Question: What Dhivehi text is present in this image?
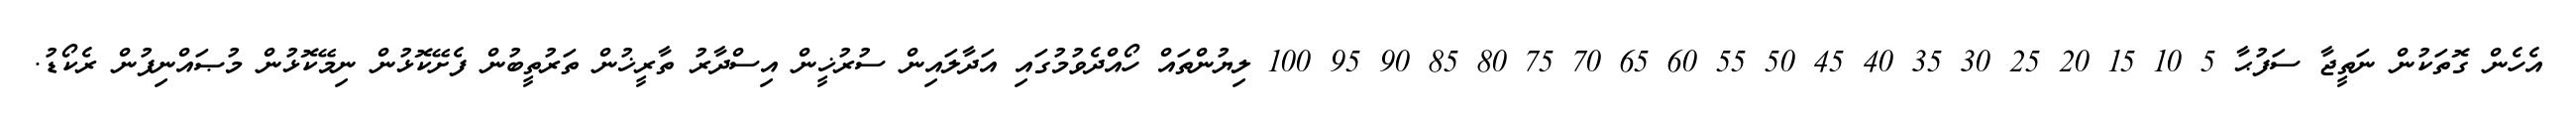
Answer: އެހެން ގޮތަކުން ނަތީޖާ ސަފުޙާ 5 10 15 20 25 30 35 40 45 50 55 60 65 70 75 80 85 90 95 100 ލިޔުންތައް ހޯއްދެވުމުގައި އަދާލައިން ސުރުޚީން އިސްދާރު ތާރީޚުން ތަރުތީބުން ފެށޭކޮޅުން ނިމޭކޮޅުން މުޞައްނިފުން ރެކޯޑު.